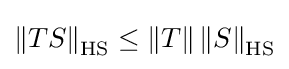
\left\|TS\right\|_{\operatorname {HS} }\leq \left\|T\right\|\left\|S\right\|_{\operatorname {HS} }